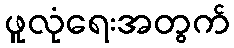
ဖူလုံရေးအတွက်